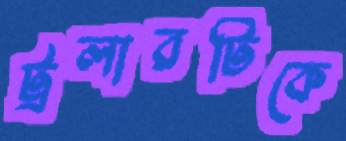
ট্রলারটিকে